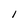
Character: l